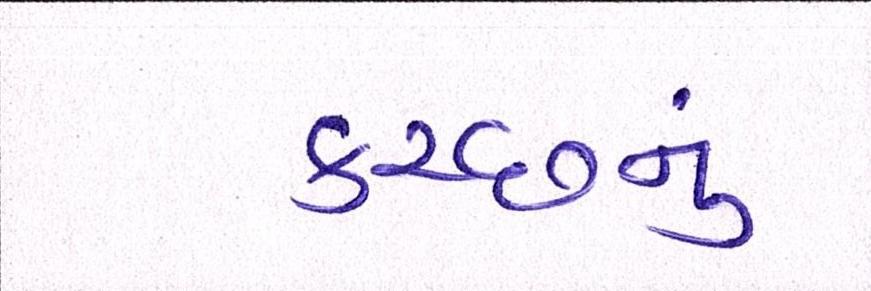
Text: કચ્છનું